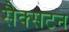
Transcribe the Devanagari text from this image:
सैक्सटन